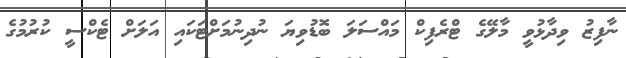
ނާފިޒު ވިދާޅުވީ މާލޭގެ ޓްރެފިކް މައްސަލަ ބޮޑުވިޔަ ނުދިނުމަށްޓަކައި އަލަށް ޓެކްސީ ކުރުމުގެ